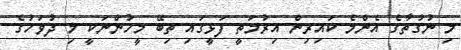
މި ނުގުތާގެ އެންމެ ކައިރިން އިރުމަތީ ފަޅީގައި ތިބޭ މީހުންނަކީ މި ދުވަހުގެ